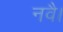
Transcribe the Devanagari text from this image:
नवै।